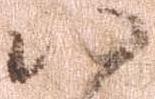
八